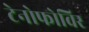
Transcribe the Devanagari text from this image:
टेनोफोविर